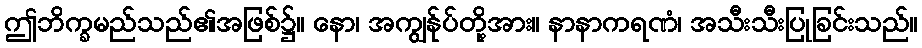
ဤဘိက္ခမည်သည်၏အဖြစ်၌။ နော၊ အကျွန်ုပ်တို့အား။ နာနာကရဏံ၊ အသီးသီးပြုခြင်းသည်။